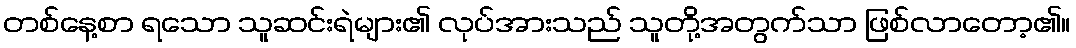
တစ်နေ့စာ ရသော သူဆင်းရဲများ၏ လုပ်အားသည် သူတို့အတွက်သာ ဖြစ်လာတော့၏။